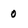
Character: 0